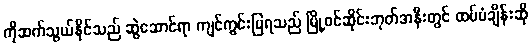
ကိုဆက်သွယ်နိုင်သည် ဆွဲဆောင်ရာ ကျင်ကွင်းပြရသည် မြို့ဝင်ဆိုင်းဘုတ်အနီးတွင် ထပ်မံချိန်းဆို